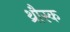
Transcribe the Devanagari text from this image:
थ्रौस्क